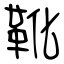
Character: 靴